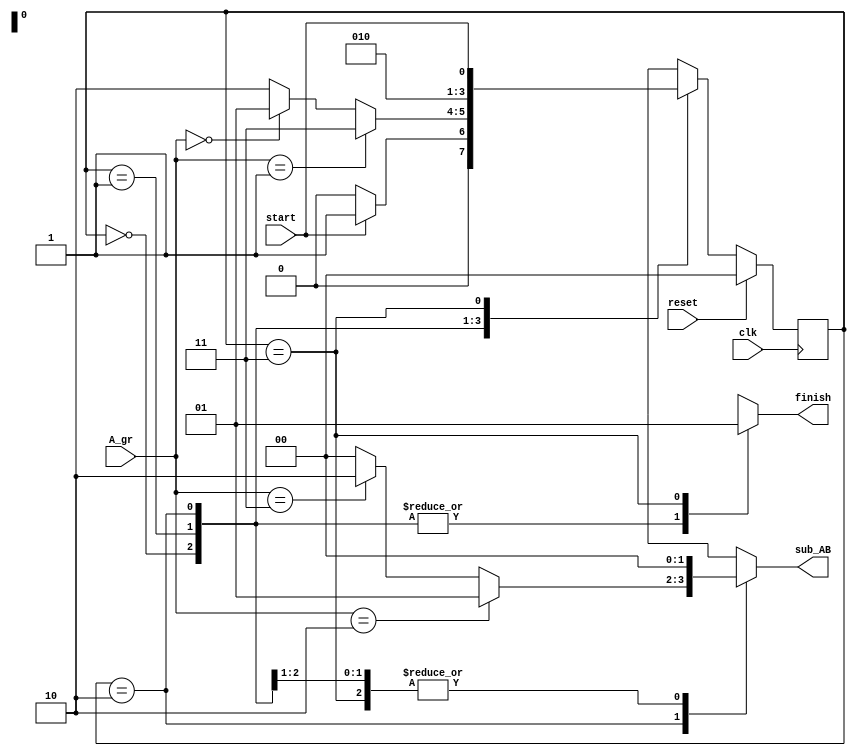
module fsm(
  input clk,reset,start,
  input [1:0] A_gr,
  output reg [1:0] sub_AB,
  output reg finish
);
    
  parameter [1:0] start_st = 2'b00,
				  equal = 2'b01,
    			  greater = 2'b10,
    			  result = 2'b11;
    
  reg [1:0] curr_state,next_state;
    
  always @(posedge clk) begin
    if(reset)
      curr_state = start_st;
    else
      curr_state = next_state;
  end
    
  always @(*) begin
    finish = 0;
	sub_AB = 0;
    case(curr_state)
      start_st: begin
        if(!start)
          next_state = start_st;
        else
          next_state = equal;
      end
      
      equal: begin
        if(A_gr == 1)
          next_state = result;
        else if(A_gr == 0)
          next_state = equal;
        else
          next_state = greater;
      end
      
      greater: begin
        if(A_gr == 2)
          sub_AB = 1;
        else if(A_gr == 3)
          sub_AB = 2;
        next_state = equal;
      end
      
      result: begin
        finish = 1;
        next_state = start;
      end
    endcase
  end
endmodule